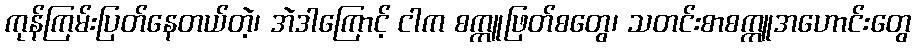
ကုန်ကြမ်းပြတ်နေတယ်တဲ့၊ အဲဒါကြောင့် ငါက စက္ကူဖြတ်စတွေ၊ သတင်းစာစက္ကူအဟောင်းတွေ